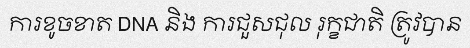
ការខូចខាត DNA និង ការជួសជុល រុក្ខជាតិ ត្រូវបាន